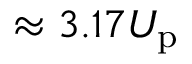
\approx 3 . 1 7 U _ { \mathrm { p } }